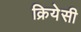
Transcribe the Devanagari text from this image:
क्रियेसी